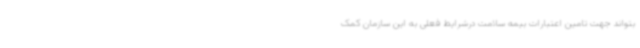
بتواند جهت تامین اعتبارات بیمه سلامت درشرایط فعلی به این سازمان کمک